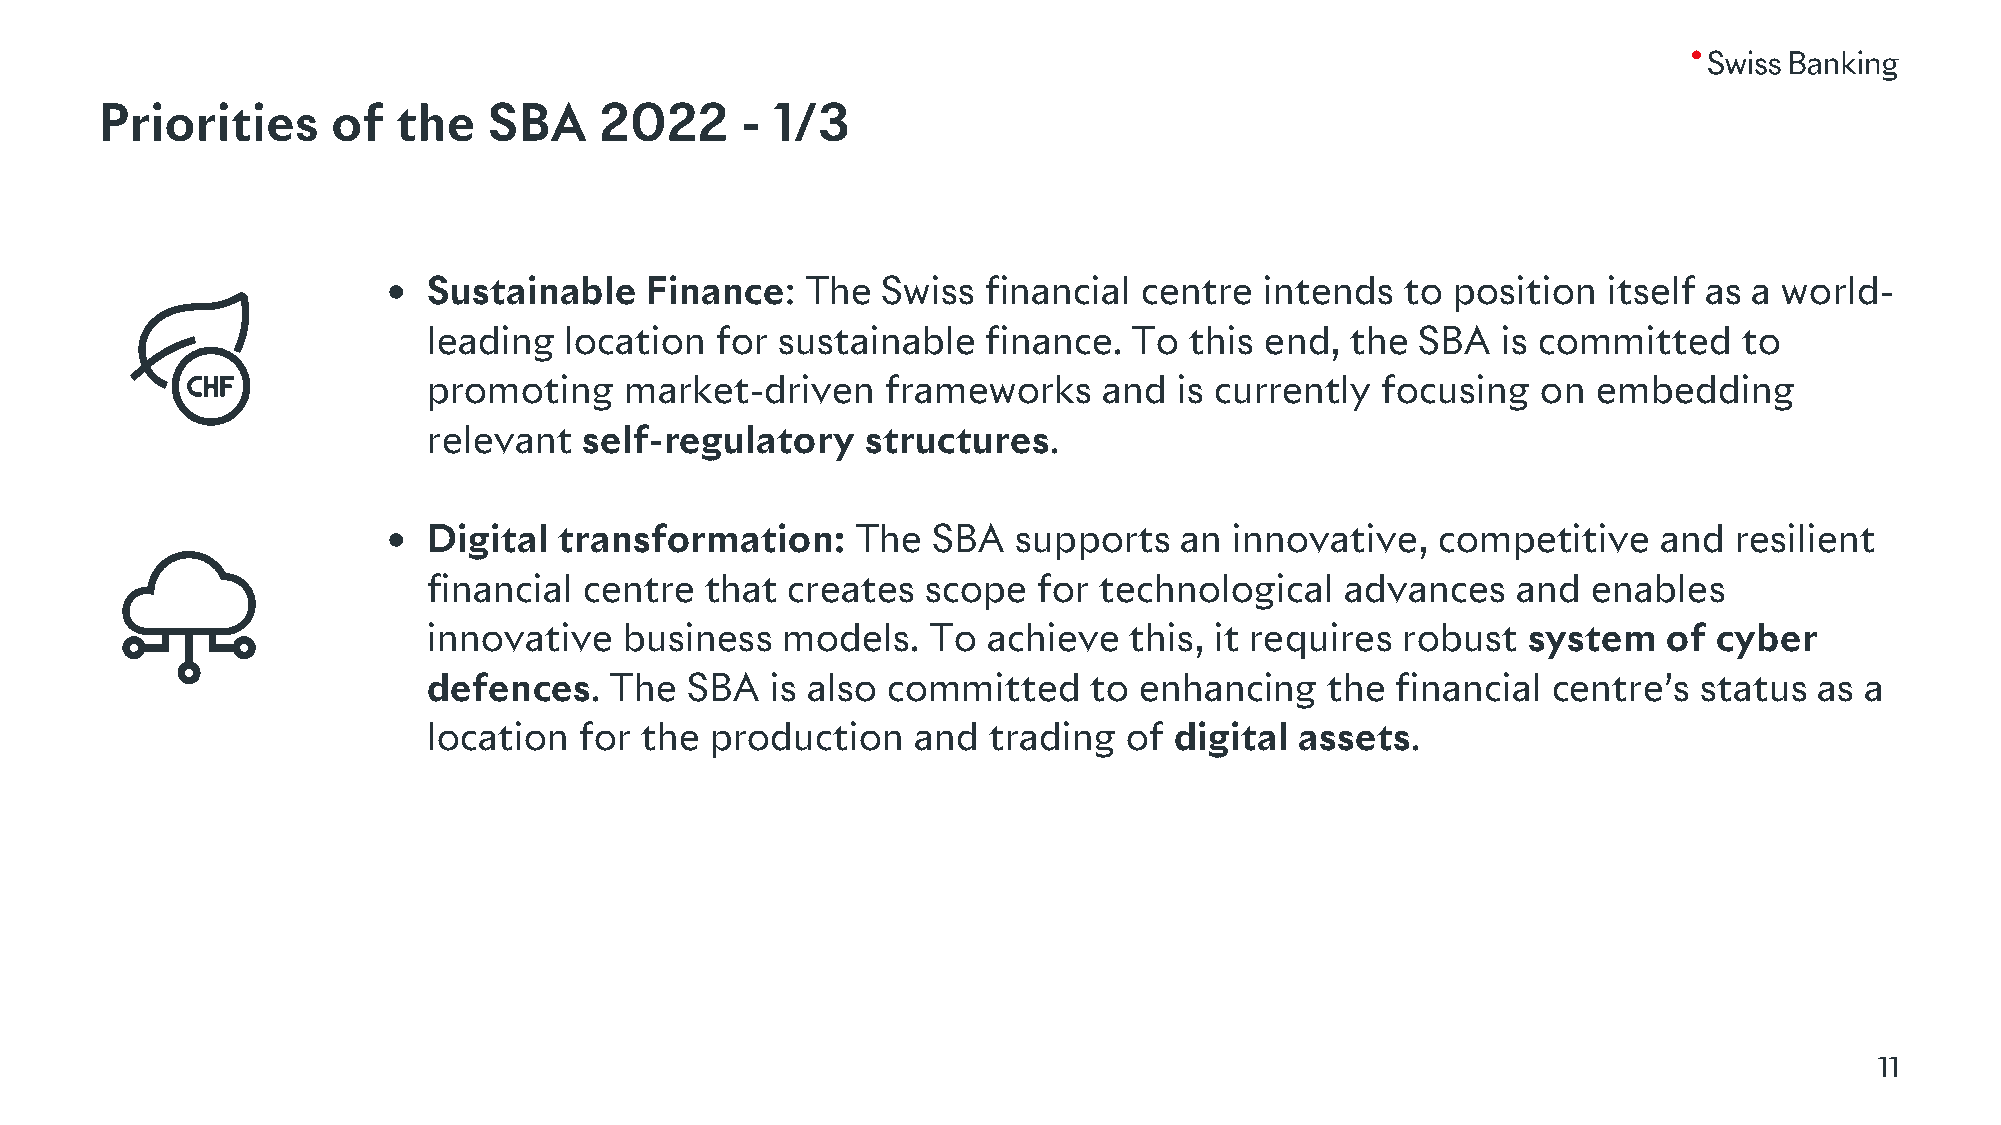
Priorities     of  the   SBA     2022     - 1/3
 • Sustainable    Finance:  The  Swiss  financial  centre  intends  to position  itself as a world-
 leading  location  for  sustainable  finance.  To  this end, the  SBA  is committed    to
 promoting    market-driven     frameworks    and  is currently focusing   on  embedding
 relevant   self-regulatory   structures.
 • Digital  transformation:     The  SBA  supports   an  innovative,  competitive    and  resilient
 financial  centre  that creates  scope   for technological   advances   and  enables
 innovative   business   models.   To achieve   this, it requires robust  system   of  cyber
 defences.   The  SBA   is also committed    to enhancing    the financial  centre’s  status as a
 location  for the  production    and trading  of  digital assets.
 11